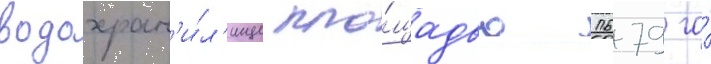
водохран'и́л'ище пло́щадью 1679 га́